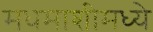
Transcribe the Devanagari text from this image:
मधमाशीमध्ये